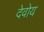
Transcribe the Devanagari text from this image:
देवोय